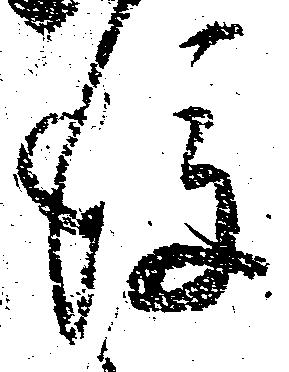
後